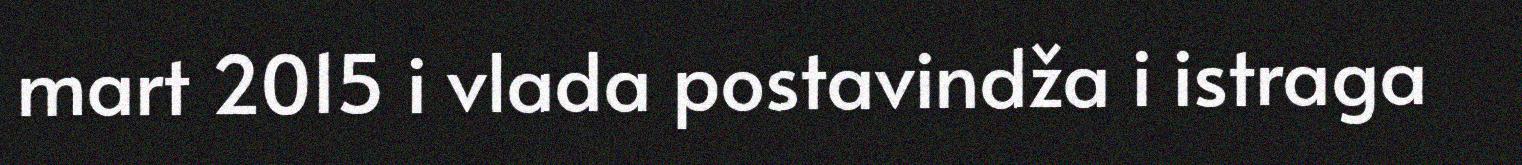
mart 2015 i vlada postavindža i istraga